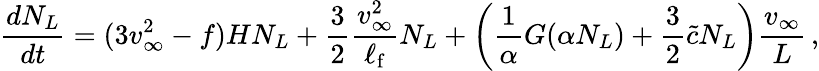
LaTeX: \frac{dN_{L}}{dt}=(3v_{\infty}^{2}-f)HN_{L}+\frac{3}{2}\frac{v_{\infty}^{2}}{\ell_{\mathrm{f}}}N_{L}+\left(\frac{1}{\alpha}G(\alpha N_{L})+\frac{3}{2}{\tilde{c}}N_{L}\right)\frac{v_{\infty}}{L}\, ,